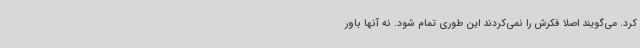
کرد. می‌گویند اصلاً فکرش را نمی‌کردند این طوری تمام شود. نه آنها باور